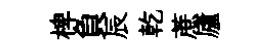
椑負辰乾蔗廬